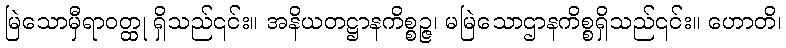
မြဲသောမှီရာဝတ္ထု ရှိသည်၎င်း။ အနိယတဋ္ဌာနကိစ္စဉ္ဇ၊ မမြဲသောဌာနကိစ္စရှိသည်၎င်း။ ဟောတိ၊